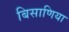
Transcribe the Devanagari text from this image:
बिसाणिया